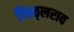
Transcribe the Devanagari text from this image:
विठठ्लराव